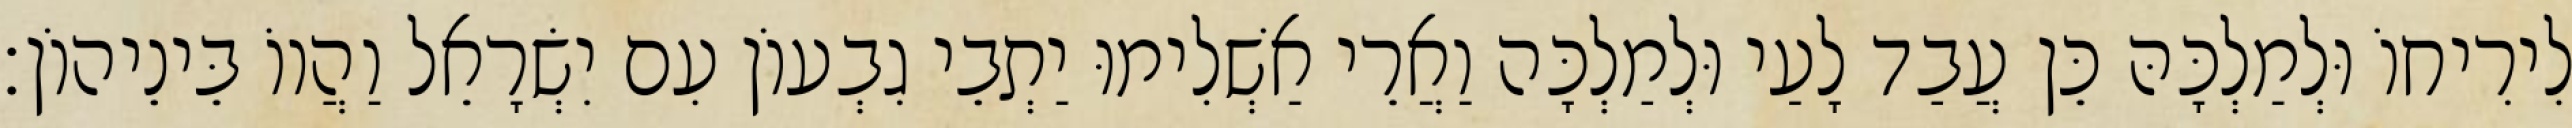
לִירִיחוֹ וּלְמַלְכָּהּ כֵּן עֲבַד לָעַי וּלְמַלְכָּה וַאֲרֵי אַשְׁלִימוּ יַתְבֵי גִבְעוֹן עִם יִשְׂרָאֵל וַהֲווֹ בֵּינֵיהוֹן׃